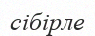
сібірле